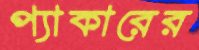
প্যাকারের